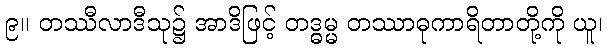
၉။ တဿီလာဒီသု၌ အာဒိဖြင့် တဒ္ဓမ္မ တဿာဓုကာရိတာတို့ကို ယူ၊